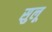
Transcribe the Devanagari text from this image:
सुलू